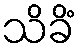
သိခိံ